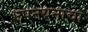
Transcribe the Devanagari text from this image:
उपनयनाचा